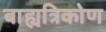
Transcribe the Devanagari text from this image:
बाह्यत्रिकोण